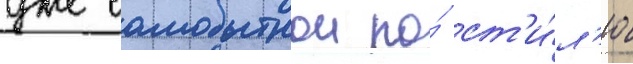
уже самобытнои по́ ст'и́л'ю